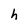
Character: h